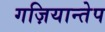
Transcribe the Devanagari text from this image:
गज़ियान्तेप